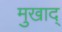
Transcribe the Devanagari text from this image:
मुखाद्